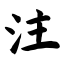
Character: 注